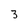
Character: 3